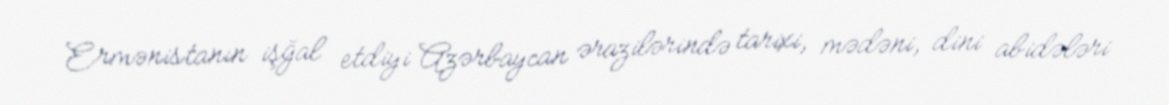
Ermənistanın işğal etdiyi Azərbaycan ərazilərində tarixi, mədəni, dini abidələri